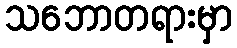
သဘောတရားမှာ